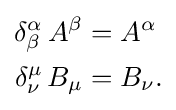
{\begin{aligned}\delta _{\beta }^{\alpha }\,A^{\beta }&=A^{\alpha }\\\delta _{\nu }^{\mu }\,B_{\mu }&=B_{\nu }.\end{aligned}}